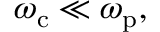
\omega _ { \mathrm { c } } \ll \omega _ { \mathrm { p } } ,